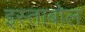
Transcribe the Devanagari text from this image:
इस्ताबोल